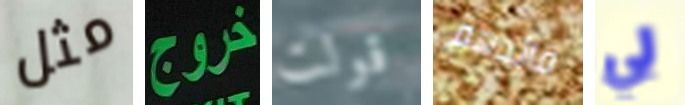
مثل خروج قولت قائدهم لي